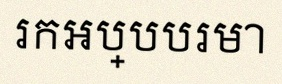
រកអប្បបរមា